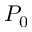
P _ { 0 }